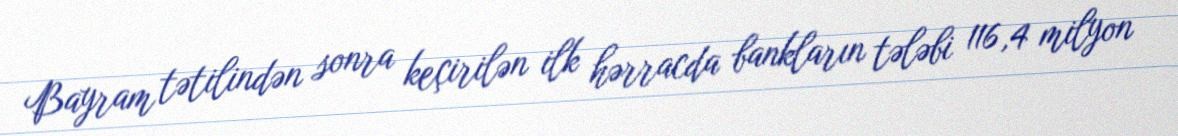
Bayram tətilindən sonra keçirilən ilk hərracda bankların tələbi 116,4 milyon